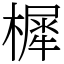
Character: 樨